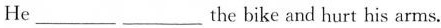
He ___ ___ the bike and hurt his arms.